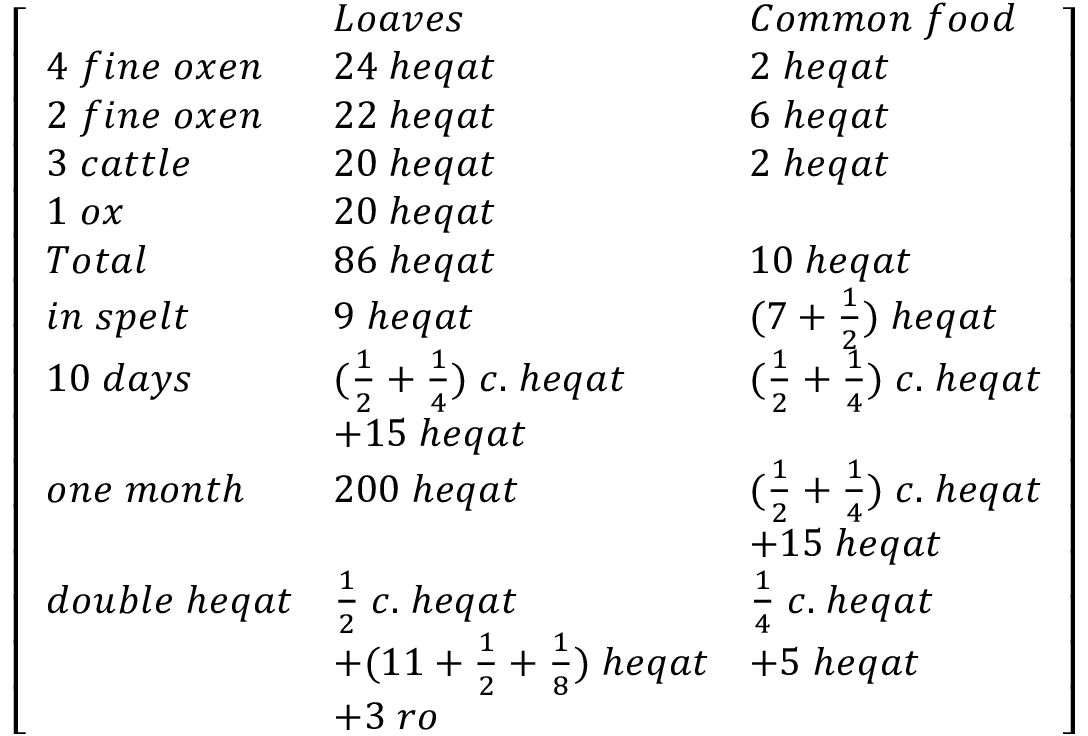
{ \left[ \begin{array} { l l l } & { L o a v e s } & { C o m m o n \; f o o d } \\ { 4 \; f i n e \; o x e n } & { 2 4 \; h e q a t } & { 2 \; h e q a t } \\ { 2 \; f i n e \; o x e n } & { 2 2 \; h e q a t } & { 6 \; h e q a t } \\ { 3 \; c a t t l e } & { 2 0 \; h e q a t } & { 2 \; h e q a t } \\ { 1 \; o x } & { 2 0 \; h e q a t } & \\ { T o t a l } & { 8 6 \; h e q a t } & { 1 0 \; h e q a t } \\ { i n \; s p e l t } & { 9 \; h e q a t } & { ( 7 + { \frac { 1 } { 2 } } ) \; h e q a t } \\ { 1 0 \; d a y s } & { ( { \frac { 1 } { 2 } } + { \frac { 1 } { 4 } } ) \; c . \; h e q a t } & { ( { \frac { 1 } { 2 } } + { \frac { 1 } { 4 } } ) \; c . \; h e q a t } \\ & { + 1 5 \; h e q a t } & \\ { o n e \; m o n t h } & { 2 0 0 \; h e q a t } & { ( { \frac { 1 } { 2 } } + { \frac { 1 } { 4 } } ) \; c . \; h e q a t } \\ & & { + 1 5 \; h e q a t } \\ { d o u b l e \; h e q a t } & { { \frac { 1 } { 2 } } \; c . \; h e q a t } & { { \frac { 1 } { 4 } } \; c . \; h e q a t } \\ & { + ( 1 1 + { \frac { 1 } { 2 } } + { \frac { 1 } { 8 } } ) \; h e q a t } & { + 5 \; h e q a t } \\ & { + 3 \; r o } & \end{array} \right] }